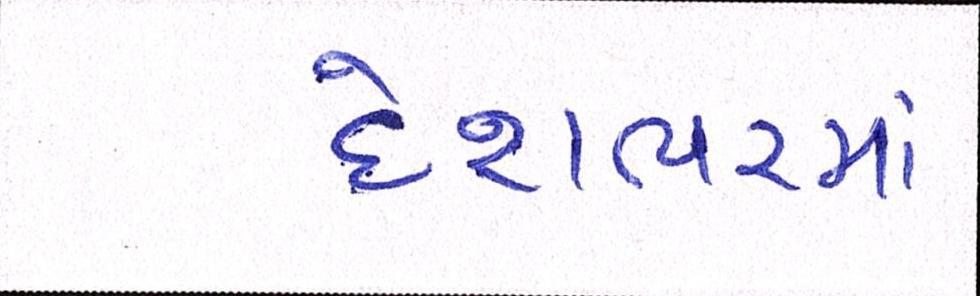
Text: દેશભરમાં